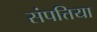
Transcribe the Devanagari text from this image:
संपत्तिया